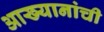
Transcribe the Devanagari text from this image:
आख्यानांची